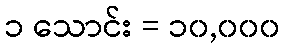
၁ သောင်း = ၁၀,၀၀၀